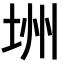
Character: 𪣏